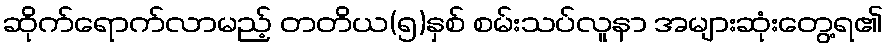
ဆိုက်ရောက်လာမည့် တတိယ(၅)နှစ် စမ်းသပ်လူနာ အများဆုံးတွေ့ရ၏